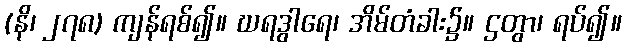
(နိ၊ ၂၇၈) ကျန်ရစ်၍။ ဃရဒွါရေ၊ အိမ်တံခါး၌။ ဌတွာ၊ ရပ်၍။